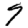
Digit: 9